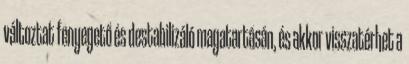
változtat fenyegető és destabilizáló magatartásán, és akkor visszatérhet a